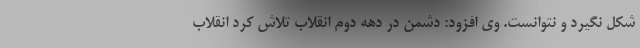
شکل نگیرد و نتوانست. وی افزود: دشمن در دهه دوم انقلاب تلاش کرد انقلاب